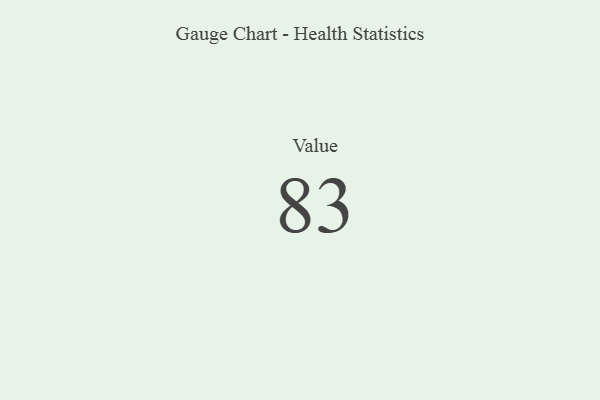
{"axis": {"x": "Metric", "y": "Value"}, "legend": [""], "data": [{"x": "Value", "y": 83, "type": ""}]}